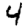
Digit: 4